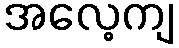
အလေ့ကျ